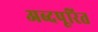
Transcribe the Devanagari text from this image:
अब्दपूरित